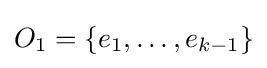
O_{1}=\{e_{1},\ldots ,e_{k-1}\}